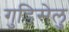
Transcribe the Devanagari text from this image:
गुडिसेलु